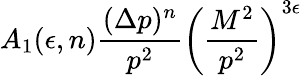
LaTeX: A_{1}(\epsilon,n)\frac{(\Delta p)^{n}}{p^{2}}\left(\frac{M^{2}}{p^{2}}\right)^{3\epsilon}